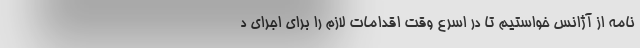
نامه از آژانس خواستیم تا در اسرع وقت اقدامات لازم را برای اجرای د